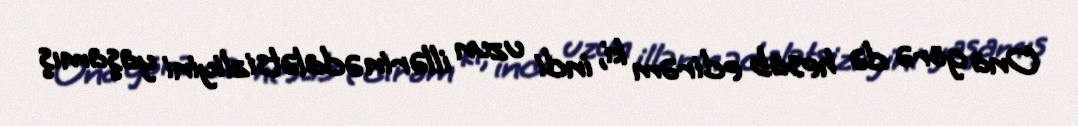
Ona görə də hesab edirəm ki, indi uzun illərin ədalətsizliyini yaşamış